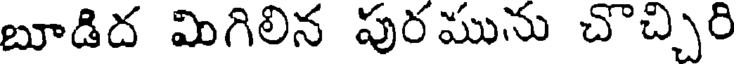
బూడిద మిగిలిన పురమును చొచ్చిరి